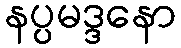
နပ္ပမဒ္ဒနော